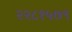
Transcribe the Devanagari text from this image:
२२८१५७९